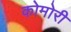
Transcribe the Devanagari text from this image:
कोमोरी